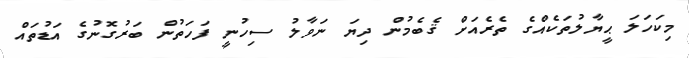
މިކަހަލަ ޙީޔާލުތަކެއްގެ ތެރެއަށް ޤެބެމުން ދިޔަ ނަވާލު ސިހުނީ ފަހަތުން ބަރުގޮނުގެ އަޑުތައް